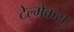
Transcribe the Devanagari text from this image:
टेल्मेकस